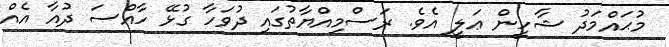
މުޙައްމަދު ޝާހީން ޢަލީ އެވެ. ރަސްމިއްޔާތުގައި ދުވަހާ ގުޅޭ ހާއްސަ ދުއާ އެއް